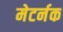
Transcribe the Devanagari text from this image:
मेटर्नक